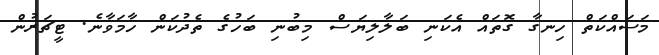
މަސައްކަތް ހިނގާ ގޮތައް އެކަނި ބަލާލިޔަސް މިބުނި ބަހުގެ ތެދުކަން ހާމަވާނެ. ޓީޗަރުން